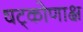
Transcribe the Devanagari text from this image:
षट्कोणाक्ष